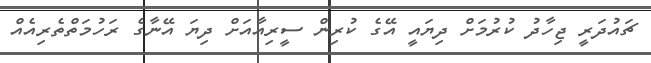
ޗައުދަރީ ޖިހާދު ކުރުމަށް ދިޔައީ އޭގެ ކުރިން ސީރިއާއަށް ދިޔަ އޭނާގެ ރަހުމަތްތެރިއެއް